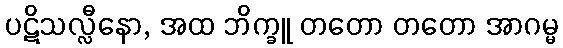
ပဋိသလ္လီနော, အထ ဘိက္ခူ တတော တတော အာဂမ္မ